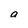
Character: a